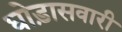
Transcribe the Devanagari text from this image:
घोड़ासवारी